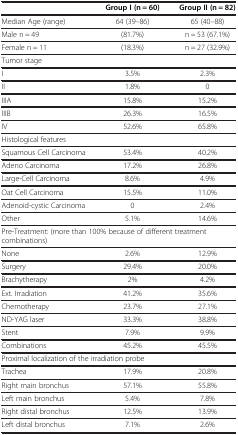
<table><thead><tr><td><b> </b></td><td><b>Group I (n = 60)</b></td><td><b>Group II (n = 82)</b></td></tr></thead><tbody><tr><td>Median Age (range)</td><td>64 (39–86)</td><td>65 (40–88)</td></tr><tr><td>Male n = 49</td><td>(81.7%)</td><td>n = 53 (67.1%)</td></tr><tr><td>Female n = 11</td><td>(18.3%)</td><td>n = 27 (32.9%)</td></tr><tr><td colspan="3">Tumor stage</td></tr><tr><td>I</td><td>3.5%</td><td>2.3%</td></tr><tr><td>II</td><td>1.8%</td><td>0</td></tr><tr><td>IIIA</td><td>15.8%</td><td>15.2%</td></tr><tr><td>IIIB</td><td>26.3%</td><td>16.5%</td></tr><tr><td>IV</td><td>52.6%</td><td>65.8%</td></tr><tr><td colspan="3">Histological features</td></tr><tr><td>Squamous Cell Carcinoma</td><td>53.4%</td><td>40.2%</td></tr><tr><td>Adeno Carcinoma</td><td>17.2%</td><td>26.8%</td></tr><tr><td>Large-Cell Carcinoma</td><td>8.6%</td><td>4.9%</td></tr><tr><td>Oat Cell Carcinoma</td><td>15.5%</td><td>11.0%</td></tr><tr><td>Adenoid-cystic Carcinoma</td><td>0</td><td>2.4%</td></tr><tr><td>Other</td><td>5.1%</td><td>14.6%</td></tr><tr><td colspan="3">Pre-Treatment: (more than 100% because of different treatment combinations)</td></tr><tr><td>None</td><td>2.6%</td><td>12.9%</td></tr><tr><td>Surgery</td><td>29.4%</td><td>20.0%</td></tr><tr><td>Brachytherapy</td><td>2%</td><td>4.2%</td></tr><tr><td>Ext. Irradiation</td><td>41.2%</td><td>35.6%</td></tr><tr><td>Chemotherapy</td><td>23.7%</td><td>27.1%</td></tr><tr><td>ND-YAG laser</td><td>33.3%</td><td>38.8%</td></tr><tr><td>Stent</td><td>7.9%</td><td>9.9%</td></tr><tr><td>Combinations</td><td>45.2%</td><td>45.5%</td></tr><tr><td colspan="3">Proximal localization of the irradiation probe</td></tr><tr><td>Trachea</td><td>17.9%</td><td>20.8%</td></tr><tr><td>Right main bronchus</td><td>57.1%</td><td>55.8%</td></tr><tr><td>Left main bronchus</td><td>5.4%</td><td>7.8%</td></tr><tr><td>Right distal bronchus</td><td>12.5%</td><td>13.9%</td></tr><tr><td>Left distal bronchus</td><td>7.1%</td><td>2.6%</td></tr></tbody></table>